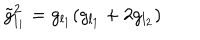
LaTeX: \tilde { g } _ { l _ { 1 } } ^ { 2 } = g _ { l _ { 1 } } ( g _ { l _ { 1 } } + 2 g _ { l _ { 2 } } )